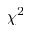
\chi ^ { 2 }